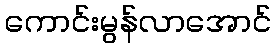
ကောင်းမွန်လာအောင်